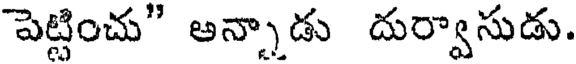
పెట్టించు" అన్నాడు దుర్వాసుడు.